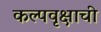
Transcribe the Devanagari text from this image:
कल्पवृक्षाची